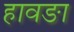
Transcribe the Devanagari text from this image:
हावङा